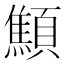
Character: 顦